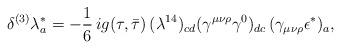
LaTeX: \begin{align*}{\delta^{(3)} \lambda^*_a =- {1\over 6}\,i g(\tau,\bar\tau)\, (\lambda^{14})_{cd}(\gamma^{\mu\nu\rho} \gamma^0)_{dc} \, (\gamma_{\mu\nu\rho} \epsilon^*)_a,}\end{align*}